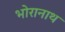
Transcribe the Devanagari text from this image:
भोरानाथ